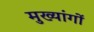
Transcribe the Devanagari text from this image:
मुख्यांगों